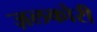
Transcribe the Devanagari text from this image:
ज़लकोरी